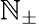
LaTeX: \mathbb{N}_{\pm}